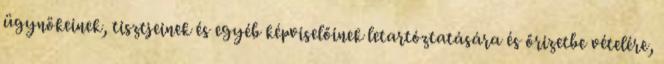
ügynökeinek, tisztjeinek és egyéb képviselőinek letartóztatására és őrizetbe vételére,